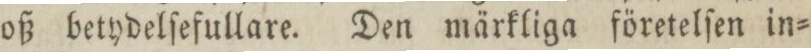
oß betydelſefullare. Den märkliga företelſen in=